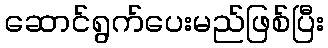
ဆောင်ရွက်ပေးမည်ဖြစ်ပြီး